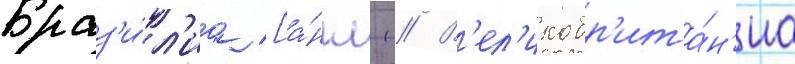
Браз'и́л'иа [а́нгл. // В'ел'икобр'ита́н'иа